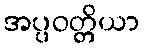
အပ္ပဝတ္တိယာ